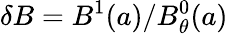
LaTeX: \delta B=B^{1}(a)/B_{\theta}^{0}(a)